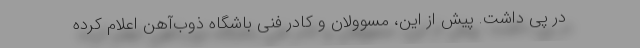
در پی داشت. پیش از این، مسوولان و کادر فنی باشگاه ذوب‌آهن اعلام کرده